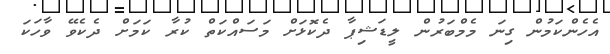
އެހެންކަމުން ގިނަ މެމްބަރުން ލީޑަޝިޕާ ދެކޮޅަށް މަސައްކަތް ކުރާ ކަމަށް ދެކެވޭ ވާހަކަ